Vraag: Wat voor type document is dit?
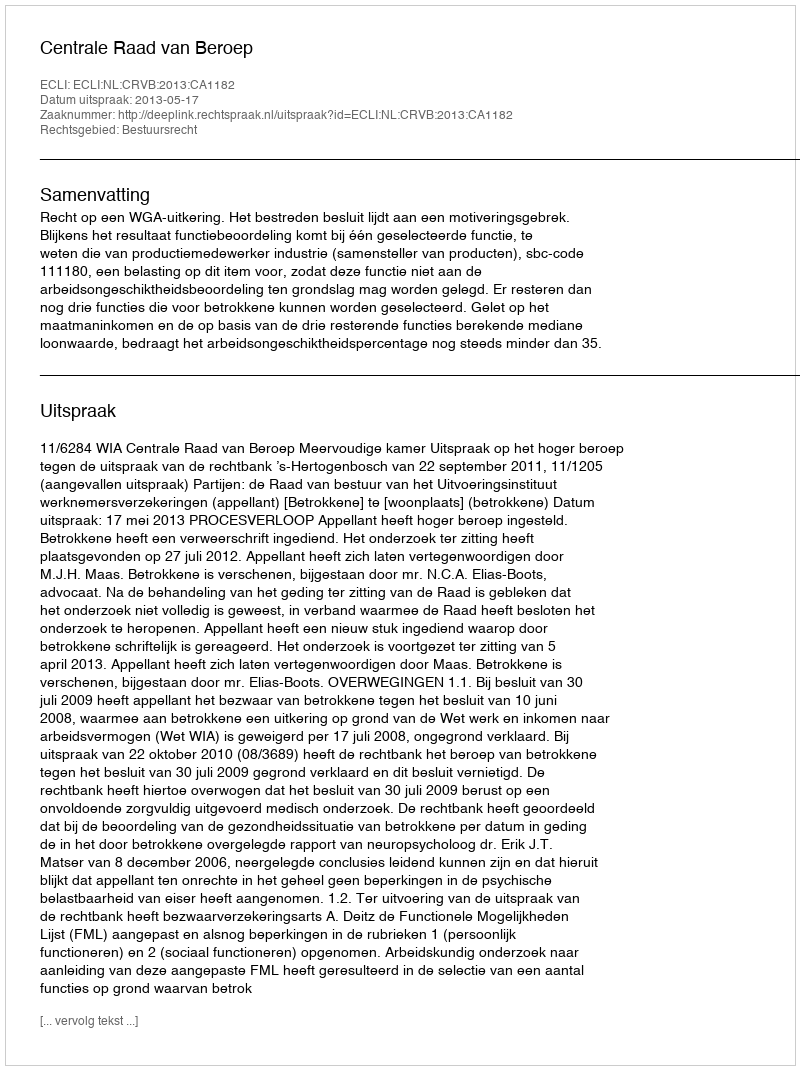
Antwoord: Uitspraak